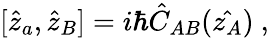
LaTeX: [\hat{z}_{a},\hat{z}_{B}]=i\hbar\hat{C}_{AB}(\hat{z_{A}})\ ,